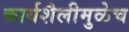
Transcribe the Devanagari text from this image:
कार्यशैलीमुळेच